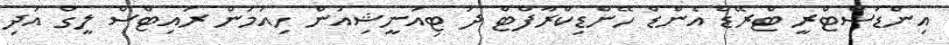
އިންޑަސްޓްރީ ޓްރޭޑް އެންޑް ހޭންޑިކްރާފްޓް ދަ ޓިއުނީޝިއަން ހިއުމަން ރައިޓްސް ލީގް އަދި